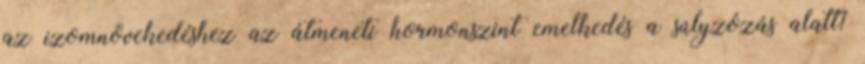
az izomnövekedéshez az átmeneti hormonszint emelkedés a súlyzózás alatt?